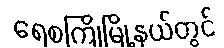
ရေစကြိုမြို့နယ်တွင်